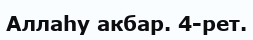
Аллаһу акбар. 4-рет.